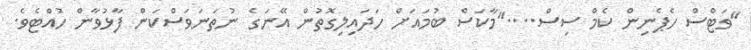
"ވަޓްސް ހެޕެނިން ކެމް ސިސް...."މާކަސް ބުމައަށް ހަދައިލިގޮތުން އޭނަގެ ނުތަނަވަސްކަން ފާޅުވާން ހުއްޓެވެ.